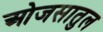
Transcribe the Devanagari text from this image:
ओजसातुल